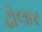
ઢોલાર